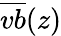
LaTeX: \overline{{vb}}(z)